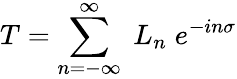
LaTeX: T=\sum_{n=-\infty}^{\infty}\; L_{n}\; e^{-in\sigma}